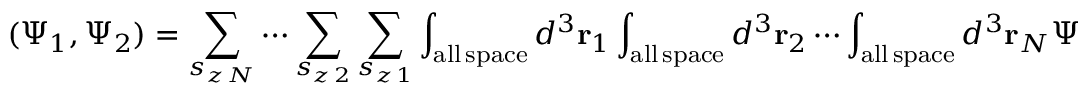
( \Psi _ { 1 } , \Psi _ { 2 } ) = \sum _ { s _ { z \, N } } \cdots \sum _ { s _ { z \, 2 } } \sum _ { s _ { z \, 1 } } \int _ { \mathrm { a l l \, s p a c e } } d ^ { 3 } \mathbf { r } _ { 1 } \int _ { \mathrm { a l l \, s p a c e } } d ^ { 3 } \mathbf { r } _ { 2 } \cdots \int _ { \mathrm { a l l \, s p a c e } } d ^ { 3 } \mathbf { r } _ { N } \Psi _ { 1 } ^ { * } \left( \mathbf { r } _ { 1 } \cdots \mathbf { r } _ { N } , s _ { z \, 1 } \cdots s _ { z \, N } , t \right) \Psi _ { 2 } \left( \mathbf { r } _ { 1 } \cdots \mathbf { r } _ { N } , s _ { z \, 1 } \cdots s _ { z \, N } , t \right)